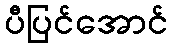
ပီပြင်အောင်